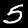
Digit: 5